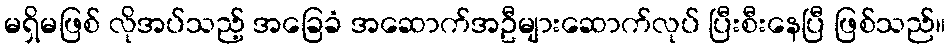
မရှိမဖြစ် လိုအပ်သည့် အခြေခံ အဆောက်အဦများဆောက်လုပ် ပြီးစီးနေပြီ ဖြစ်သည်။